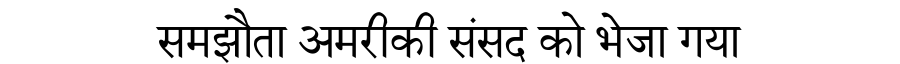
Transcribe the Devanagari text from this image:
समझौता अमरीकी संसद को भेजा गया